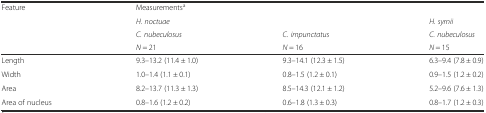
<table><thead><tr><td><b>Feature</b></td><td colspan="3"><b>Measurements<sup>a</sup></b></td></tr><tr><td></td><td colspan="2"><b><i>H. noctuae</i></b></td><td><b><i>H. syrnii</i></b></td></tr><tr><td></td><td><b><i>C. nubeculosus</i></b></td><td><b><i>C. impunctatus</i></b></td><td><b><i>C. nubeculosus</i></b></td></tr><tr><td></td><td><b><i>N</i> = 21</b></td><td><b><i>N</i> = 16</b></td><td><b><i>N</i> = 15</b></td></tr></thead><tbody><tr><td>Length</td><td>9.3–13.2 (11.4 ± 1.0)</td><td>9.3–14.1 (12.3 ± 1.5)</td><td>6.3–9.4 (7.8 ± 0.9)</td></tr><tr><td>Width</td><td>1.0–1.4 (1.1 ± 0.1)</td><td>0.8–1.5 (1.2 ± 0.1)</td><td>0.9–1.5 (1.2 ± 0.2)</td></tr><tr><td>Area</td><td>8.2–13.7 (11.3 ± 1.3)</td><td>8.5–14.3 (12.1 ± 1.2)</td><td>5.2–9.6 (7.6 ± 1.3)</td></tr><tr><td>Area of nucleus</td><td>0.8–1.6 (1.2 ± 0.2)</td><td>0.6–1.8 (1.3 ± 0.3)</td><td>0.8–1.7 (1.2 ± 0.3)</td></tr></tbody></table>